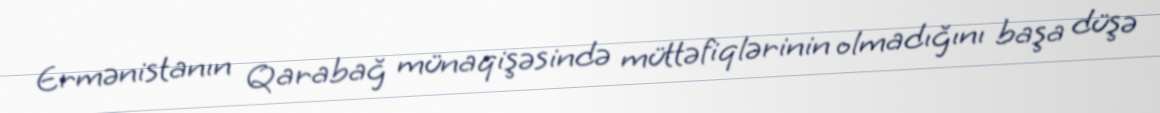
Ermənistanın Qarabağ münaqişəsində müttəfiqlərinin olmadığını başa düşə